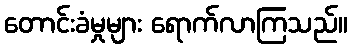
တောင်းခံမှုများ ရောက်လာကြသည်။